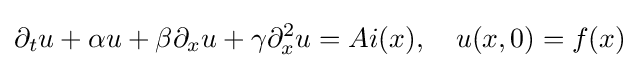
\partial _{t}u+\alpha u+\beta \partial _{x}u+\gamma \partial _{x}^{2}u=Ai(x),\quad u(x,0)=f(x)